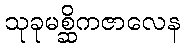
သုခုမစ္ဆိကဇာလေန